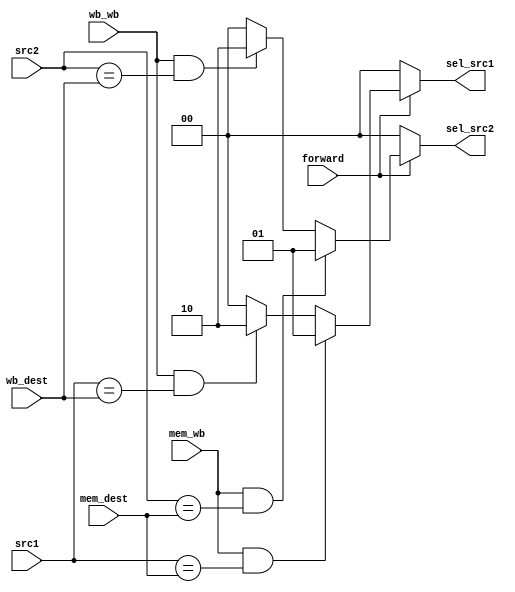
module Forwarding_unit (
    input wb_wb, mem_wb,forward,
    input [3:0] src1, src2, wb_dest, mem_dest,
    output reg [1:0] sel_src1, sel_src2
);

always @(*) begin
    if(forward) begin
        if (mem_wb && (src1 == mem_dest)) begin
            sel_src1 = 2'b01;
        end else if(wb_wb && (src1 == wb_dest)) begin
            sel_src1 = 2'b10;
        end else  begin
            sel_src1 = 2'b00;
        end
        
        if (mem_wb && (src2 == mem_dest)) begin
            sel_src2 = 2'b01;
        end else if(wb_wb && (src2 == wb_dest)) begin
            sel_src2 = 2'b10;
        end else  begin
            sel_src2 = 2'b00;
        end
    end

    else begin
        sel_src1 = 2'b00;
        sel_src2 = 2'b00;
    end


end
endmodule